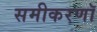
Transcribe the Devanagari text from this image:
समीकरणॉ